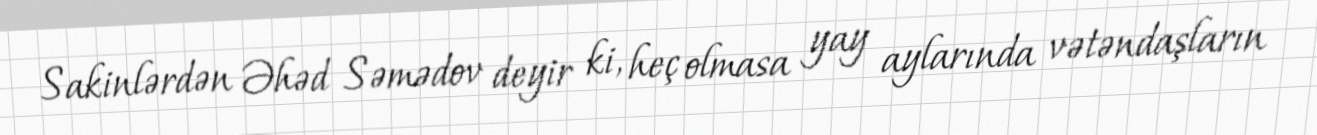
Sakinlərdən Əhəd Səmədov deyir ki, heç olmasa yay aylarında vətəndaşların